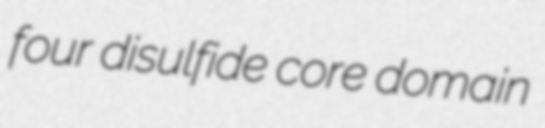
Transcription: four disulfide core domain